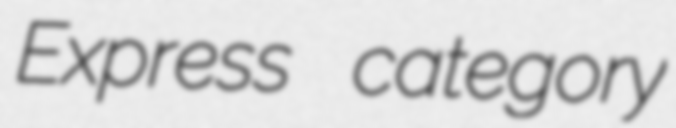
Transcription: Express category